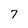
Character: 7